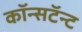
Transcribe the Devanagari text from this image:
कॉन्सटॅन्ट